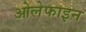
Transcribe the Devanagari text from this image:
ओलेफाइन